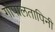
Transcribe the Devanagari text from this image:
गोपालतापिनी